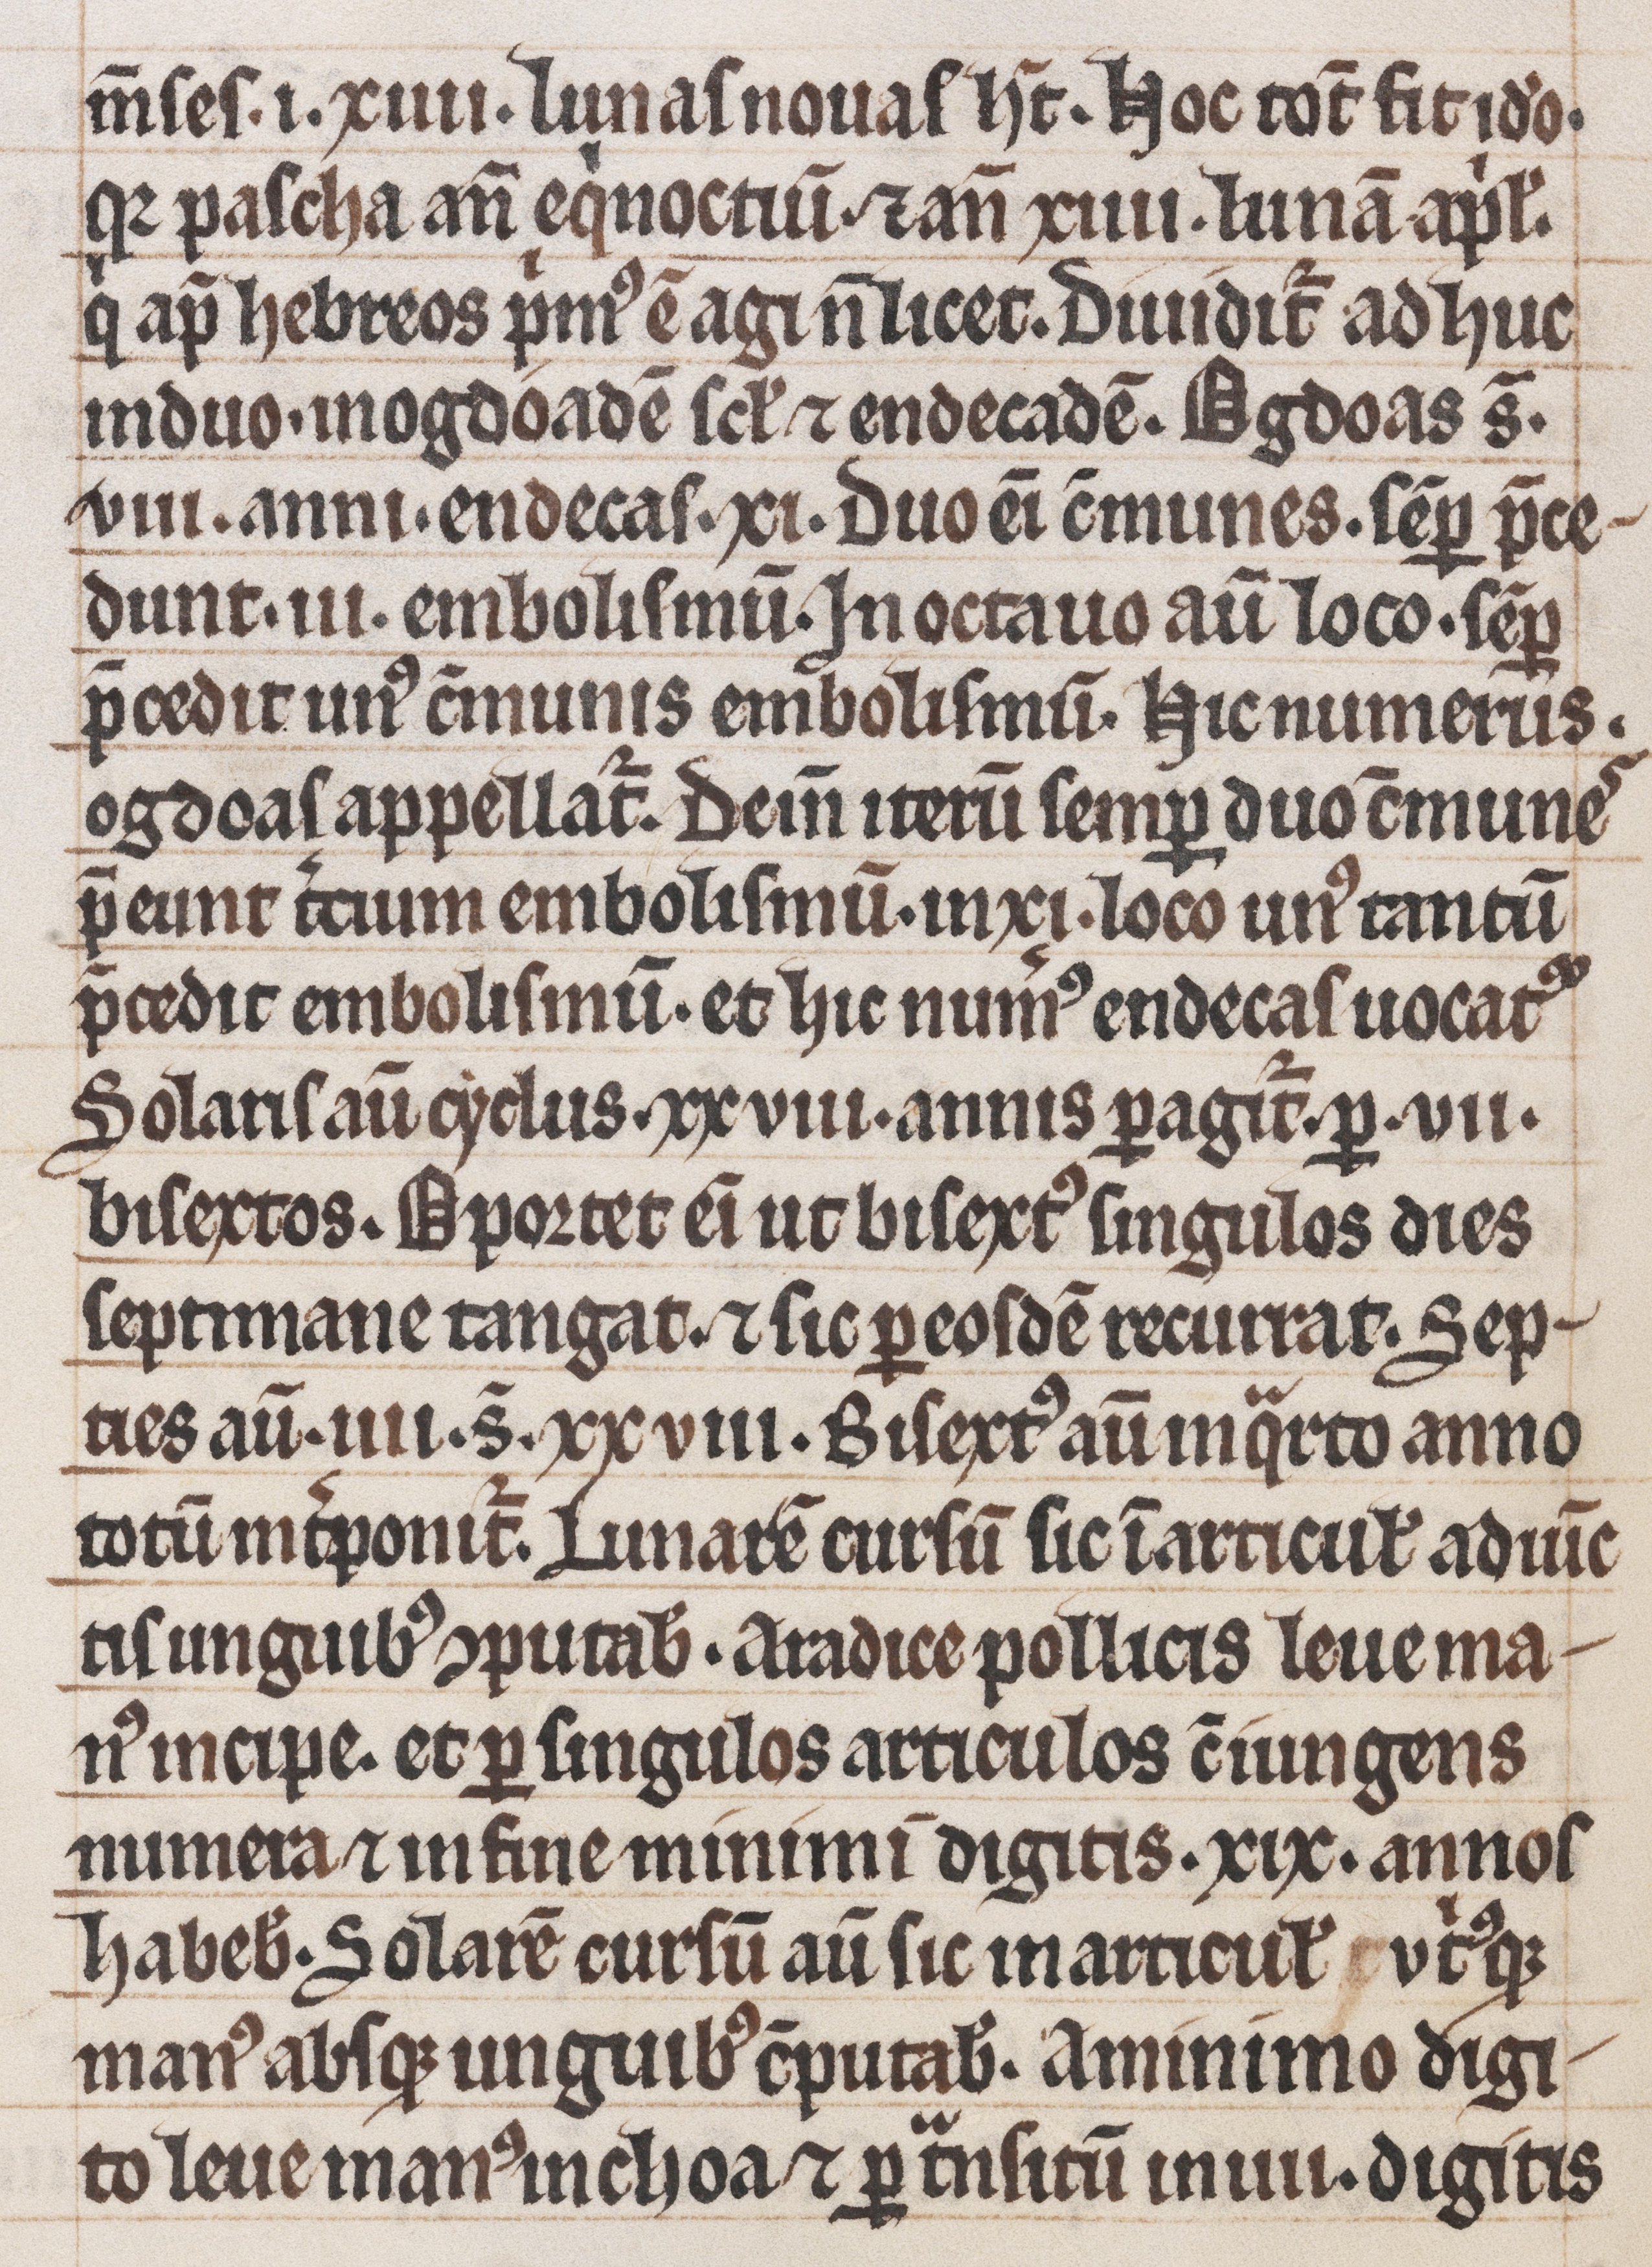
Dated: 1200–1299